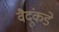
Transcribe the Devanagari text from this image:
वैदूंकडे